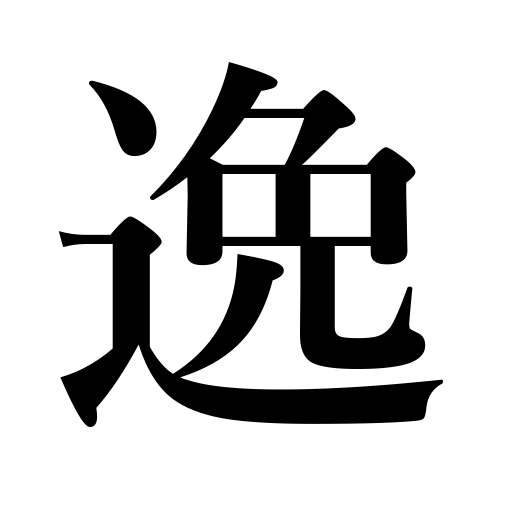
Meanings: leisure,idleness